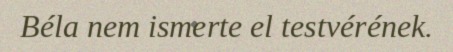
Béla nem ismerte el testvérének.